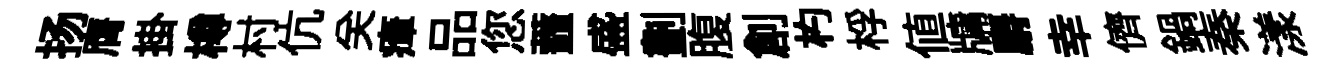
扬膺掛樽村伉关瘴品您虀盛劃腹創杓桴値牗麝幸儕鍋秦漾